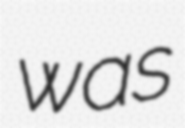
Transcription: was